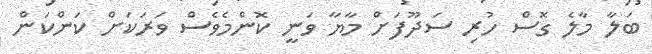
ބަލާ މާލެ ގޮސް ހުރި ސަދޫފަށް މާޔާ ވަނީ ކޮންމެވެސް ވަރަކަށް ކަންކަން